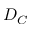
D _ { C }